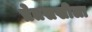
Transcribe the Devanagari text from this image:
प्रेतसखीला